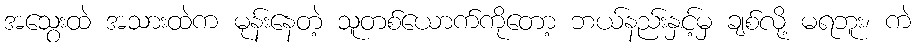
အသွေးထဲ အသားထဲက မုန်းနေတဲ့ သူတစ်ယောက်ကိုတော့ ဘယ်နည်းနှင့်မှ ချစ်လို့ မရဘူး၊ ကဲ